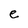
Character: e